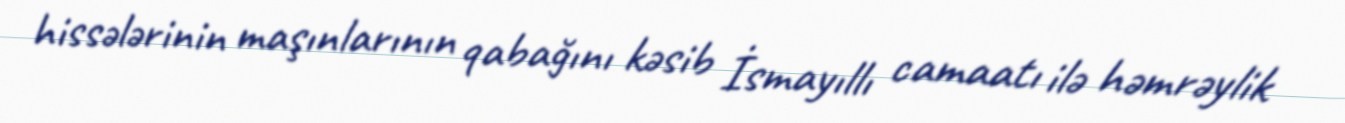
hissələrinin maşınlarının qabağını kəsib İsmayıllı camaatı ilə həmrəylik